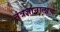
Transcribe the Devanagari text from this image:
तंत्रज्ञानालाच